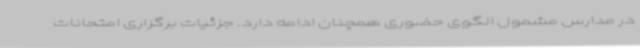
در مدارس مشمول الگوی حضوری همچنان ادامه دارد. جزئیات برگزاری امتحانات